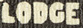
LODGE